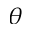
\theta